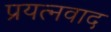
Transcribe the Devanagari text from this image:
प्रयत्नवाद